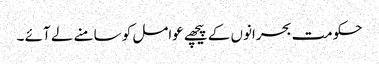
حکومت بحرانوں کے پیچھے عوامل کو سامنے لے آئے ۔